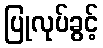
ပြုလုပ်ခွင့်